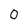
Character: O